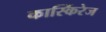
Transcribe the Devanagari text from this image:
कार्स्किरेज